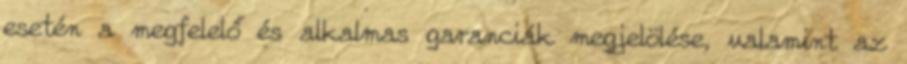
esetén a megfelelő és alkalmas garanciák megjelölése, valamint az